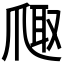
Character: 𪺐